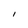
Character: I